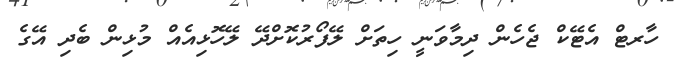
ހާރޓް އެޓޭކް ޖެހެން ދިމާވަނީ ހިތަށް ލޭފޯރުކޮށްދޭ ލޭހޮޅިއެއް މުޅިން ބެދި އޭގެ